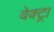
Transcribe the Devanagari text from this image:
वेक्ट्रा